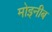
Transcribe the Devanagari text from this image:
मोइनीब